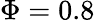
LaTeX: \Phi=0.8